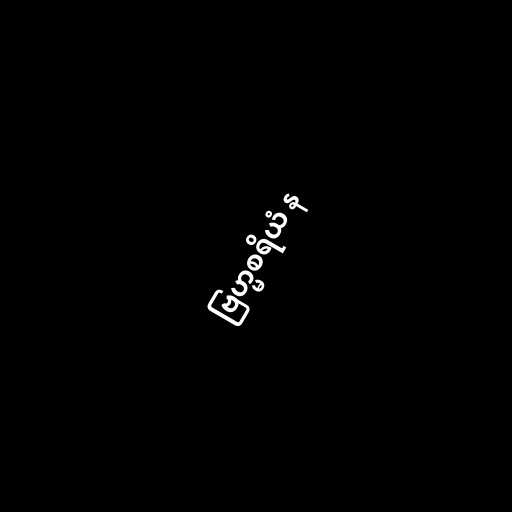
ဗြဟ္မစရိယံ န